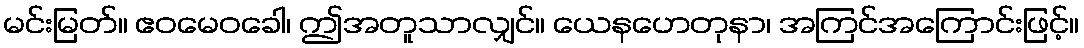
မင်းမြတ်။ ဧဝမေဝခေါ၊ ဤအတူသာလျှင်။ ယေနဟေတုနာ၊ အကြင်အကြောင်းဖြင့်။